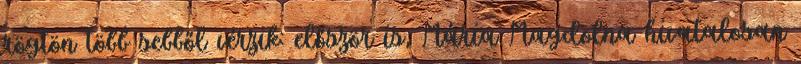
rögtön több sebből vérzik: először is, Mária Magdolna hivatalosan